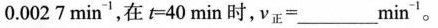
0.0027min^{-1}，在t=40min时，v_{正}=______min^{-1}。